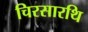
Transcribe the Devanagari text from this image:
चिरसारथि